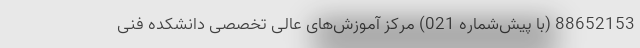
88652153 (با پیش‌شماره 021) مرکز آموزش‌های عالی تخصصی دانشکده فنی